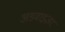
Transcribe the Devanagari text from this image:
अडवाइज़र